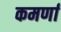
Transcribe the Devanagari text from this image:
कमर्णा